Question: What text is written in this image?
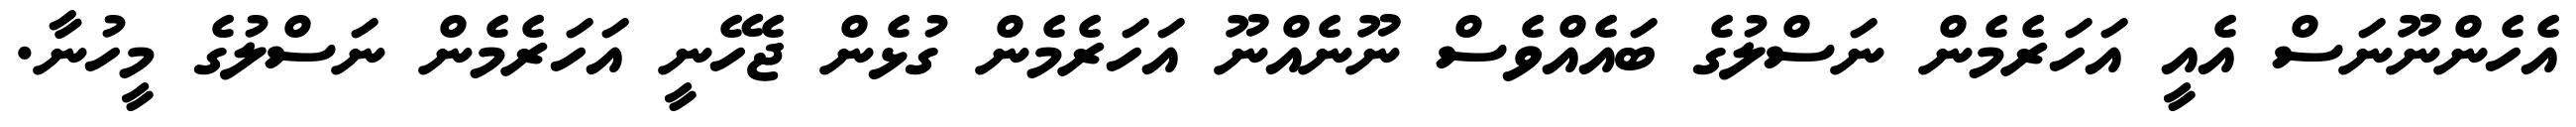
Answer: އެހެންނޫނަސް އެއީ އަހަރެމެން ނަސްލުގެ ބައެއްވެސް ނޫނެއްނޫ އަހަރެމެން ގުޅެން ޖެހޭނީ އަހަރެމެން ނަސްލުގެ މީހުނާ.